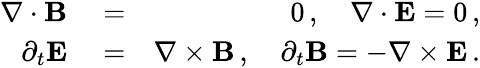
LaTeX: \begin{array}{rlr}{\nabla\cdot{\mathbf B}}&{{}=}&{0\, ,\quad\nabla\cdot{\mathbf E}=0\, ,}\\ {\partial_{t}{\mathbf E}}&{{}=}&{\nabla\times{\mathbf B}\, ,\quad\partial_{t}{\mathbf B}=-\nabla\times{\mathbf E}\, .}\end{array}